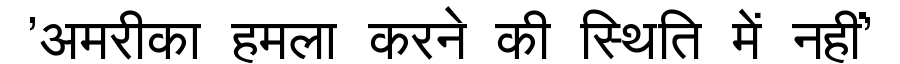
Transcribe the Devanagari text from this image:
'अमरीका हमला करने की स्थिति में नहीं'